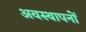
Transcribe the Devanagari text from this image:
अवस्थापनों